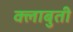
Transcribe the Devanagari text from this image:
क्लाबुती